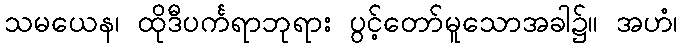
သမယေန၊ ထိုဒီပင်္ကရာဘုရား ပွင့်တော်မူသောအခါ၌။ အဟံ၊